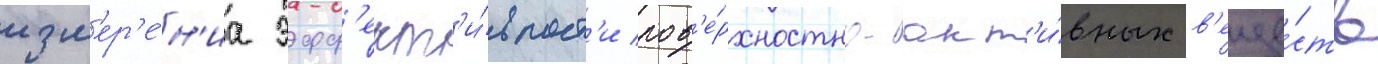
изм'ер'е́н'иа эфф'ект'и́вност'и пов'е́рхностно-акт'и́вных в'еще́ств